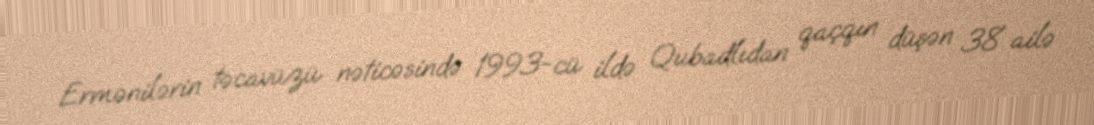
Ermənilərin təcavüzü nəticəsində 1993-cü ildə Qubadlıdan qaçqın düşən 38 ailə